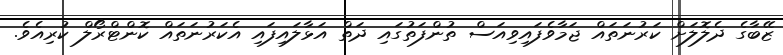
ޒޭބާގެ ދެލޮލަށް ކަރުނަތައް ޖަމާވެފައިވިއަސް ތުންފަތުގައި ދަތް އަޅާލައިފައި އެކަރުނަތައް ކޮންޓްރޯލް ކުރިއެވެ.